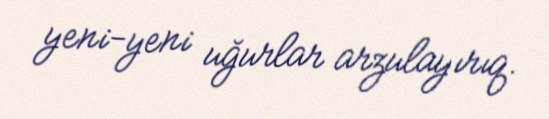
yeni-yeni uğurlar arzulayırıq.